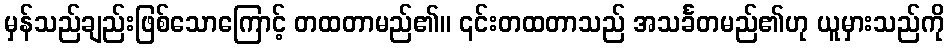
မှန်သည်ချည်းဖြစ်သောကြောင့် တထတာမည်၏။ ၎င်းတထတာသည် အသင်္ခတမည်၏ဟု ယူမှားသည်ကို